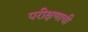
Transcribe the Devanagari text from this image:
परीक्षणाची